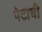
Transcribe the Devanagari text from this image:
पेटाची